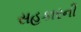
સહકારની